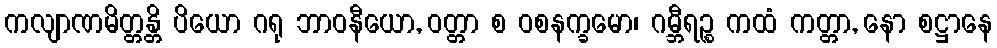
ကလျာဏမိတ္တန္တိ ပိယော ဂရု ဘာဝနီယော, ဝတ္တာ စ ဝစနက္ခမော၊ ဂမ္ဘီရဉ္စ ကထံ ကတ္တာ, နော စဋ္ဌာနေ